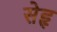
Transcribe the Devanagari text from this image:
सेहृ